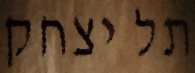
תל יצחק